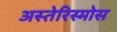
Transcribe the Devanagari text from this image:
अस्तेरिस्मोस